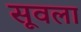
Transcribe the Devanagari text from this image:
सूवला